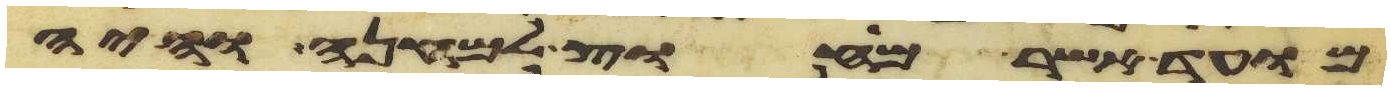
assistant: מועד אשר מחוץ למחנה והיה